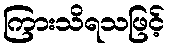
ကြားသိရသဖြင့်